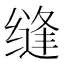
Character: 缝